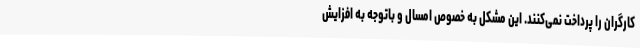
کارگران را پرداخت نمی‌کنند. این مشکل به خصوص امسال و باتوجه به افزایش